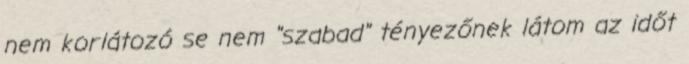
nem korlátozó se nem "szabad" tényezőnek látom az időt